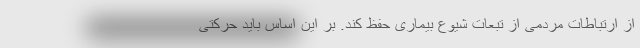
از ارتباطات مردمی از تبعات شیوع بیماری حفظ کند. بر این اساس باید حرکتی